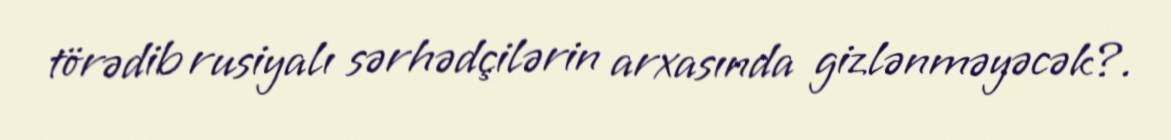
törədib rusiyalı sərhədçilərin arxasında gizlənməyəcək?.